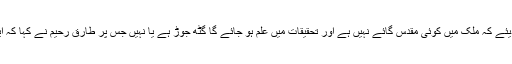
جسٹس اعجازالاحسن نے ریمارکس دیئے کہ ملک میں کوئی مقدس گائے نہیں ہے اور تحقیقات میں علم ہو جائے گا گٹھ جوڑ ہے یا نہیں جس پر طارق رحیم نے کہا کہ ایسی باتوں سے پنڈورا بکس کھلے گا۔